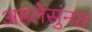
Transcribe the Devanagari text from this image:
अहलेसुंनत